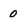
Character: o